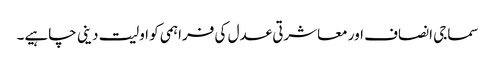
سماجی انصاف اور معاشرتی عدل کی فراہمی کو اولیت دینی چاہیے۔